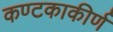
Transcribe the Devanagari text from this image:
कण्टकाकीर्ण